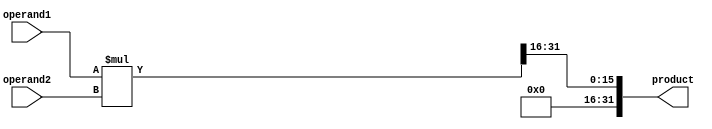
module fixed_point_multiplier (
    input signed [15:0] operand1,
    input signed [15:0] operand2,
    output reg signed [31:0] product
);

reg signed [31:0] temp_product;

always @(*) begin
    temp_product = operand1 * operand2;
    product = temp_product >> 16; // rounding technique
end

endmodule